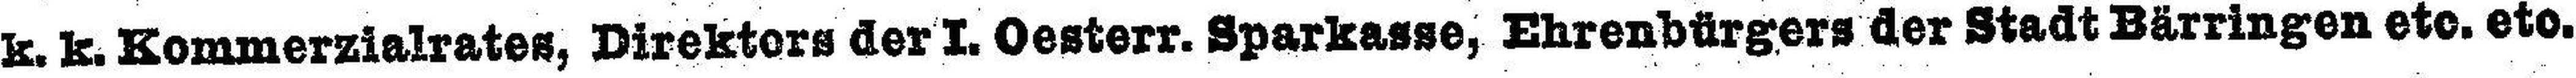
k. k. Kommerzialrates, Direktors der I. Oesterr. Sparkasse, Ehrenbürgers der Stadt Bärringen etc. etc.